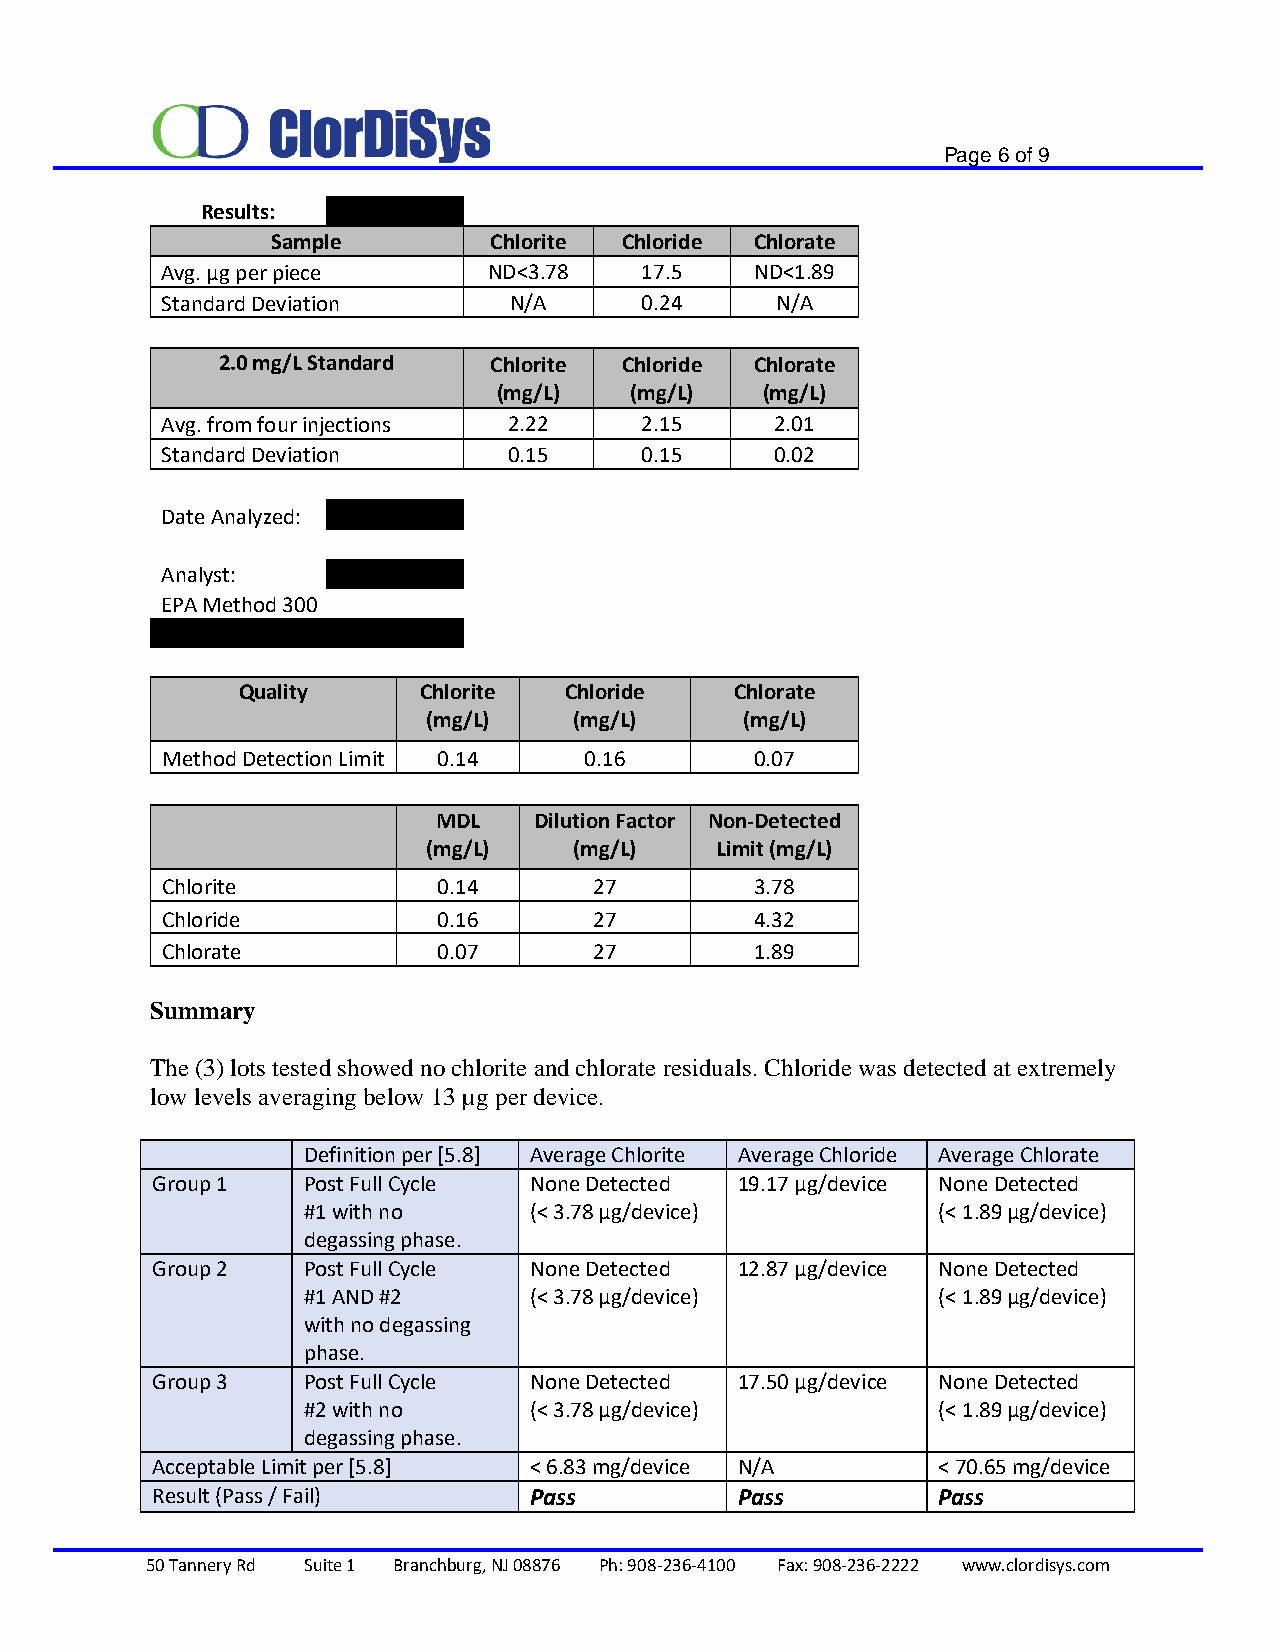
Page 6 of 9
 Results:
 Sample        Chlorite Chloride Chlorate
 Avg. µg per piece    ND<3.78   17.5    ND<1.89
 Standard Deviation     N/A     0.24     N/A
 2.0 mg/L Standard Chlorite Chloride Chlorate
 (mg/L)   (mg/L)  (mg/L)
 Avg. from four injections 2.22 2.15     2.01
 Standard Deviation     0.15    0.15     0.02
 Date Analyzed:
 Analyst:
 EPA Method 300
 Quality     Chlorite Chloride    Chlorate
 (mg/L)    (mg/L)     (mg/L)
 Method Detection Limit 0.14 0.16       0.07
 MDL   Dilution Factor Non-Detected
 (mg/L)    (mg/L)   Limit (mg/L)
 Chlorite          0.14      27         3.78
 Chloride          0.16      27         4.32
 Chlorate          0.07      27         1.89
 Summary
 The (3) lots tested showed no chlorite and chlorate residuals. Chloride was detected at extremely
 low levels averaging below 13 µg per device.
 Definition per [5.8] Average Chlorite Average Chloride Average Chlorate
 Group 1   Post Full Cycle None Detected 19.17 µg/device None Detected
 #1 with no     (< 3.78 µg/device)         (< 1.89 µg/device)
 degassing phase.
 Group 2   Post Full Cycle None Detected 12.87 µg/device None Detected
 #1 AND #2      (< 3.78 µg/device)         (< 1.89 µg/device)
 with no degassing
 phase.
 Group 3   Post Full Cycle None Detected 17.50 µg/device None Detected
 #2 with no     (< 3.78 µg/device)         (< 1.89 µg/device)
 degassing phase.
 Acceptable Limit per [5.8] < 6.83 mg/device N/A     < 70.65 mg/device
 Result (Pass / Fail)     Pass          Pass         Pass
 50 Tannery Rd Suite 1 Branchburg, NJ 08876 Ph: 908-236-4100 Fax: 908-236-2222 www.clordisys.com